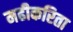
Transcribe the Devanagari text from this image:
मढीकरिता